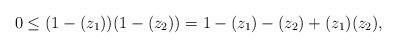
\begin{align*}&0 \leq (1-(z_1))(1-(z_2)) = 1 - (z_1) - (z_2) + (z_1)(z_2), \end{align*}